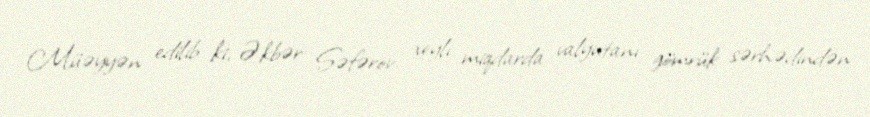
Müəyyən edilib ki, Əkbər Səfərov xeyli miqdarda valyutanı gömrük sərhədindən